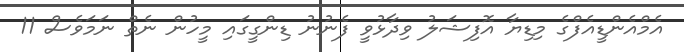
އެމްއެންޑީއެފްގެ މިޑިޔާ އޮފިޝަލު ވިދާޅުވީ ފެނުނު ޑިންގީގައި މީހުން ނެތް ނަމަވެސް 11